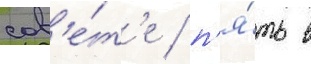
сов'е́т'е / п'я́ть в